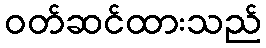
ဝတ်ဆင်ထားသည်